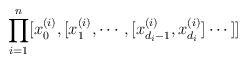
\begin{align*}\prod_{i=1}^{n}[x_0^{(i)}, [x_1^{(i)}, \cdots, [x_{d_i-1}^{(i)}, x_{d_i}^{(i)}]\cdots ]]\end{align*}